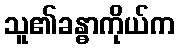
သူ၏ခန္ဓာကိုယ်က